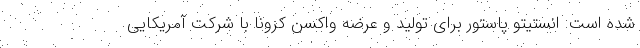
شده است. انستیتو پاستور برای تولید و عرضه واکسن کرونا با شرکت آمریکایی